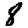
Digit: 8